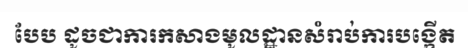
បែប ដូចជាការកសាងមូលដ្ឋានសំរាប់ការបង្កើត